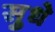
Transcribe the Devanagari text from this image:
सुधे